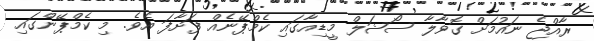
ރާއްޖެ ނައުމަށް ގޮވާލާ ސޯޝަލް މީޑިއާގައި ކެމްޕޭނެއް ފަށާފަ އެވެ. މި ކެމްޕޭންގައި